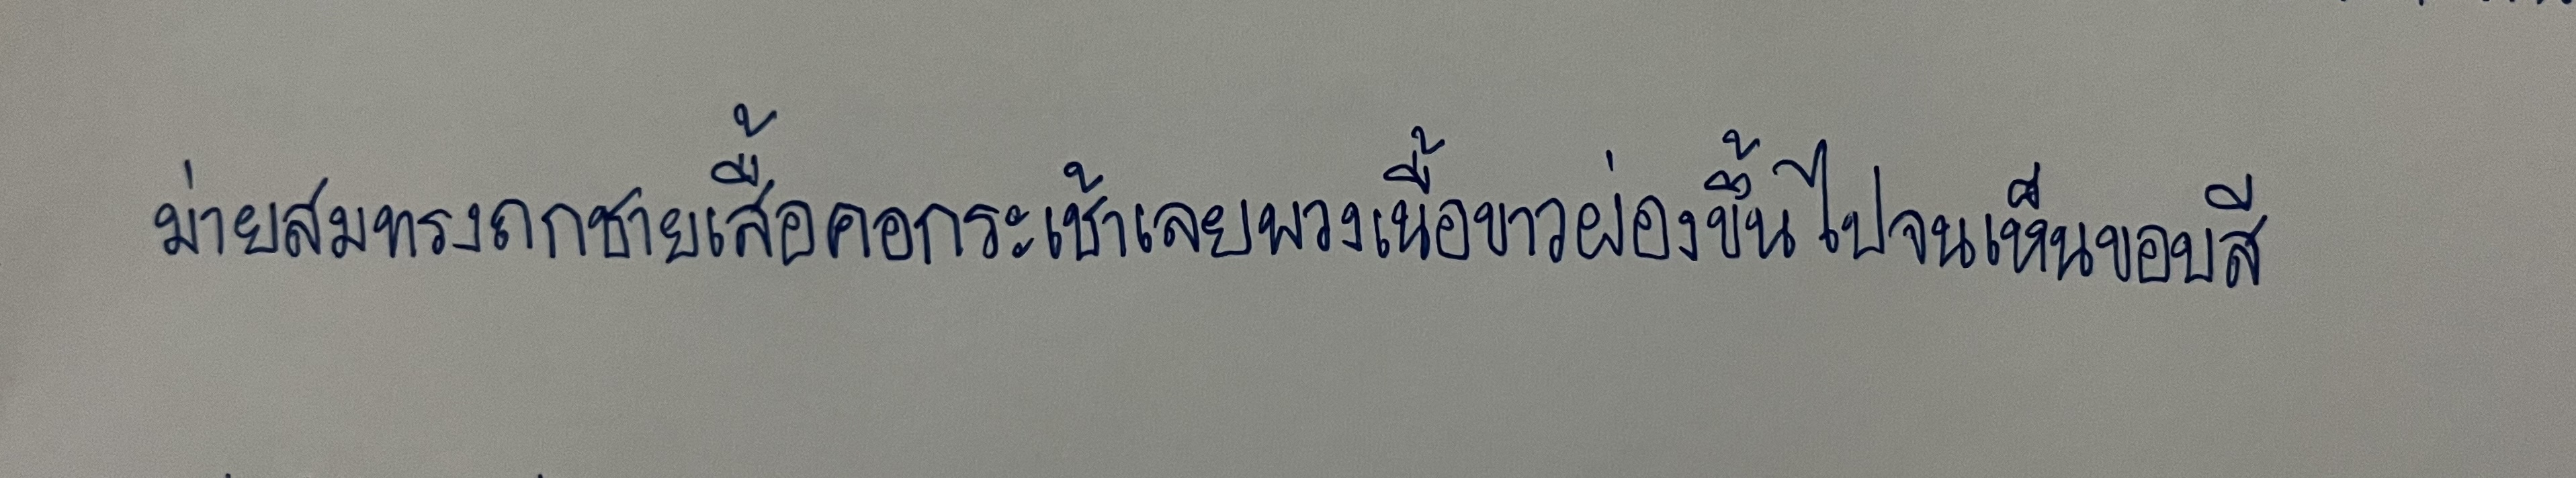
ม่ายสมทรงถกชายเสื้อคอกระเช้าเลยพวงเนื้อขาวผ่องขึ้นไปจนเห็นขอบสี